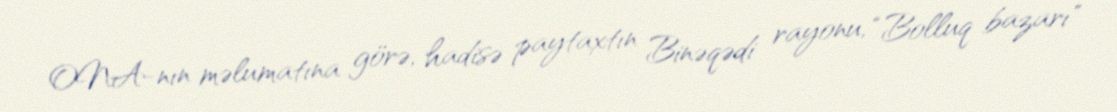
ONA-nın məlumatına görə, hadisə paytaxtın Binəqədi rayonu, “Bolluq bazarı"